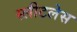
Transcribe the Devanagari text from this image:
स्लीटलेस